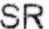
SR